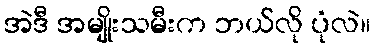
အဲဒီ အမျိုးသမီးက ဘယ်လို ပုံလဲ။